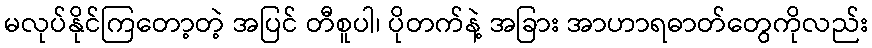
မလုပ်နိုင်ကြတော့တဲ့ အပြင် တီစူပါ၊ ပိုတက်နဲ့ အခြား အာဟာရဓာတ်တွေကိုလည်း